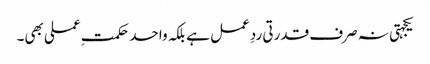
یکجہتی نہ صرف قدرتی ردِعمل ہے بلکہ واحد حکمتِ عملی بھی۔